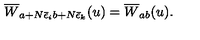
\overline { { W } } _ { a + N \bar { \epsilon } _ { i } b + N \bar { \epsilon } _ { k } } ( u ) = \overline { { W } } _ { a b } ( u ) .